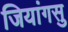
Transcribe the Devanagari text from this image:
जियांगसु